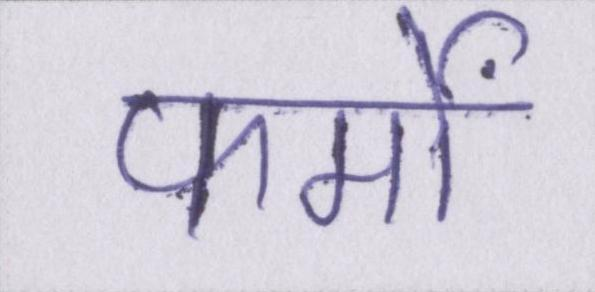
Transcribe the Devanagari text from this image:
फर्मों